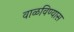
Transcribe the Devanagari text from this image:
वाळविण्यास